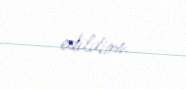
edildim.